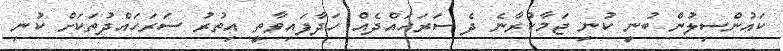
ކައުންސިލުން ބުނީ ކުނި ޖަމާކުރާނެ ދެ ސަރަހައްދެއް ހަދާފައިވާތީ އިތުރު ސަރަހައްދުތަކަށް ކުނި